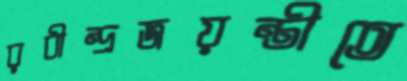
রবীন্দ্রজয়ন্তীতে